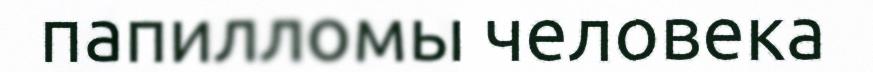
папилломы человека